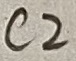
Text: C2